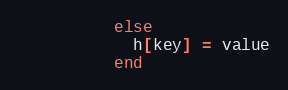
Language: Ruby
          else
            h[key] = value
          end